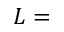
L =